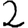
Digit: 2